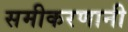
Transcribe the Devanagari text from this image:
समीकरणानी